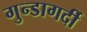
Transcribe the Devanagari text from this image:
गुन्डागर्दी